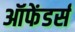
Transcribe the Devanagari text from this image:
ऑफेंडर्स